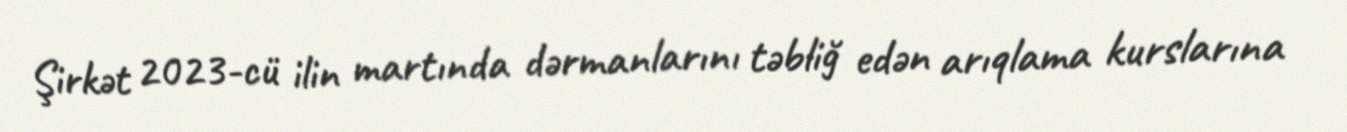
Şirkət 2023-cü ilin martında dərmanlarını təbliğ edən arıqlama kurslarına